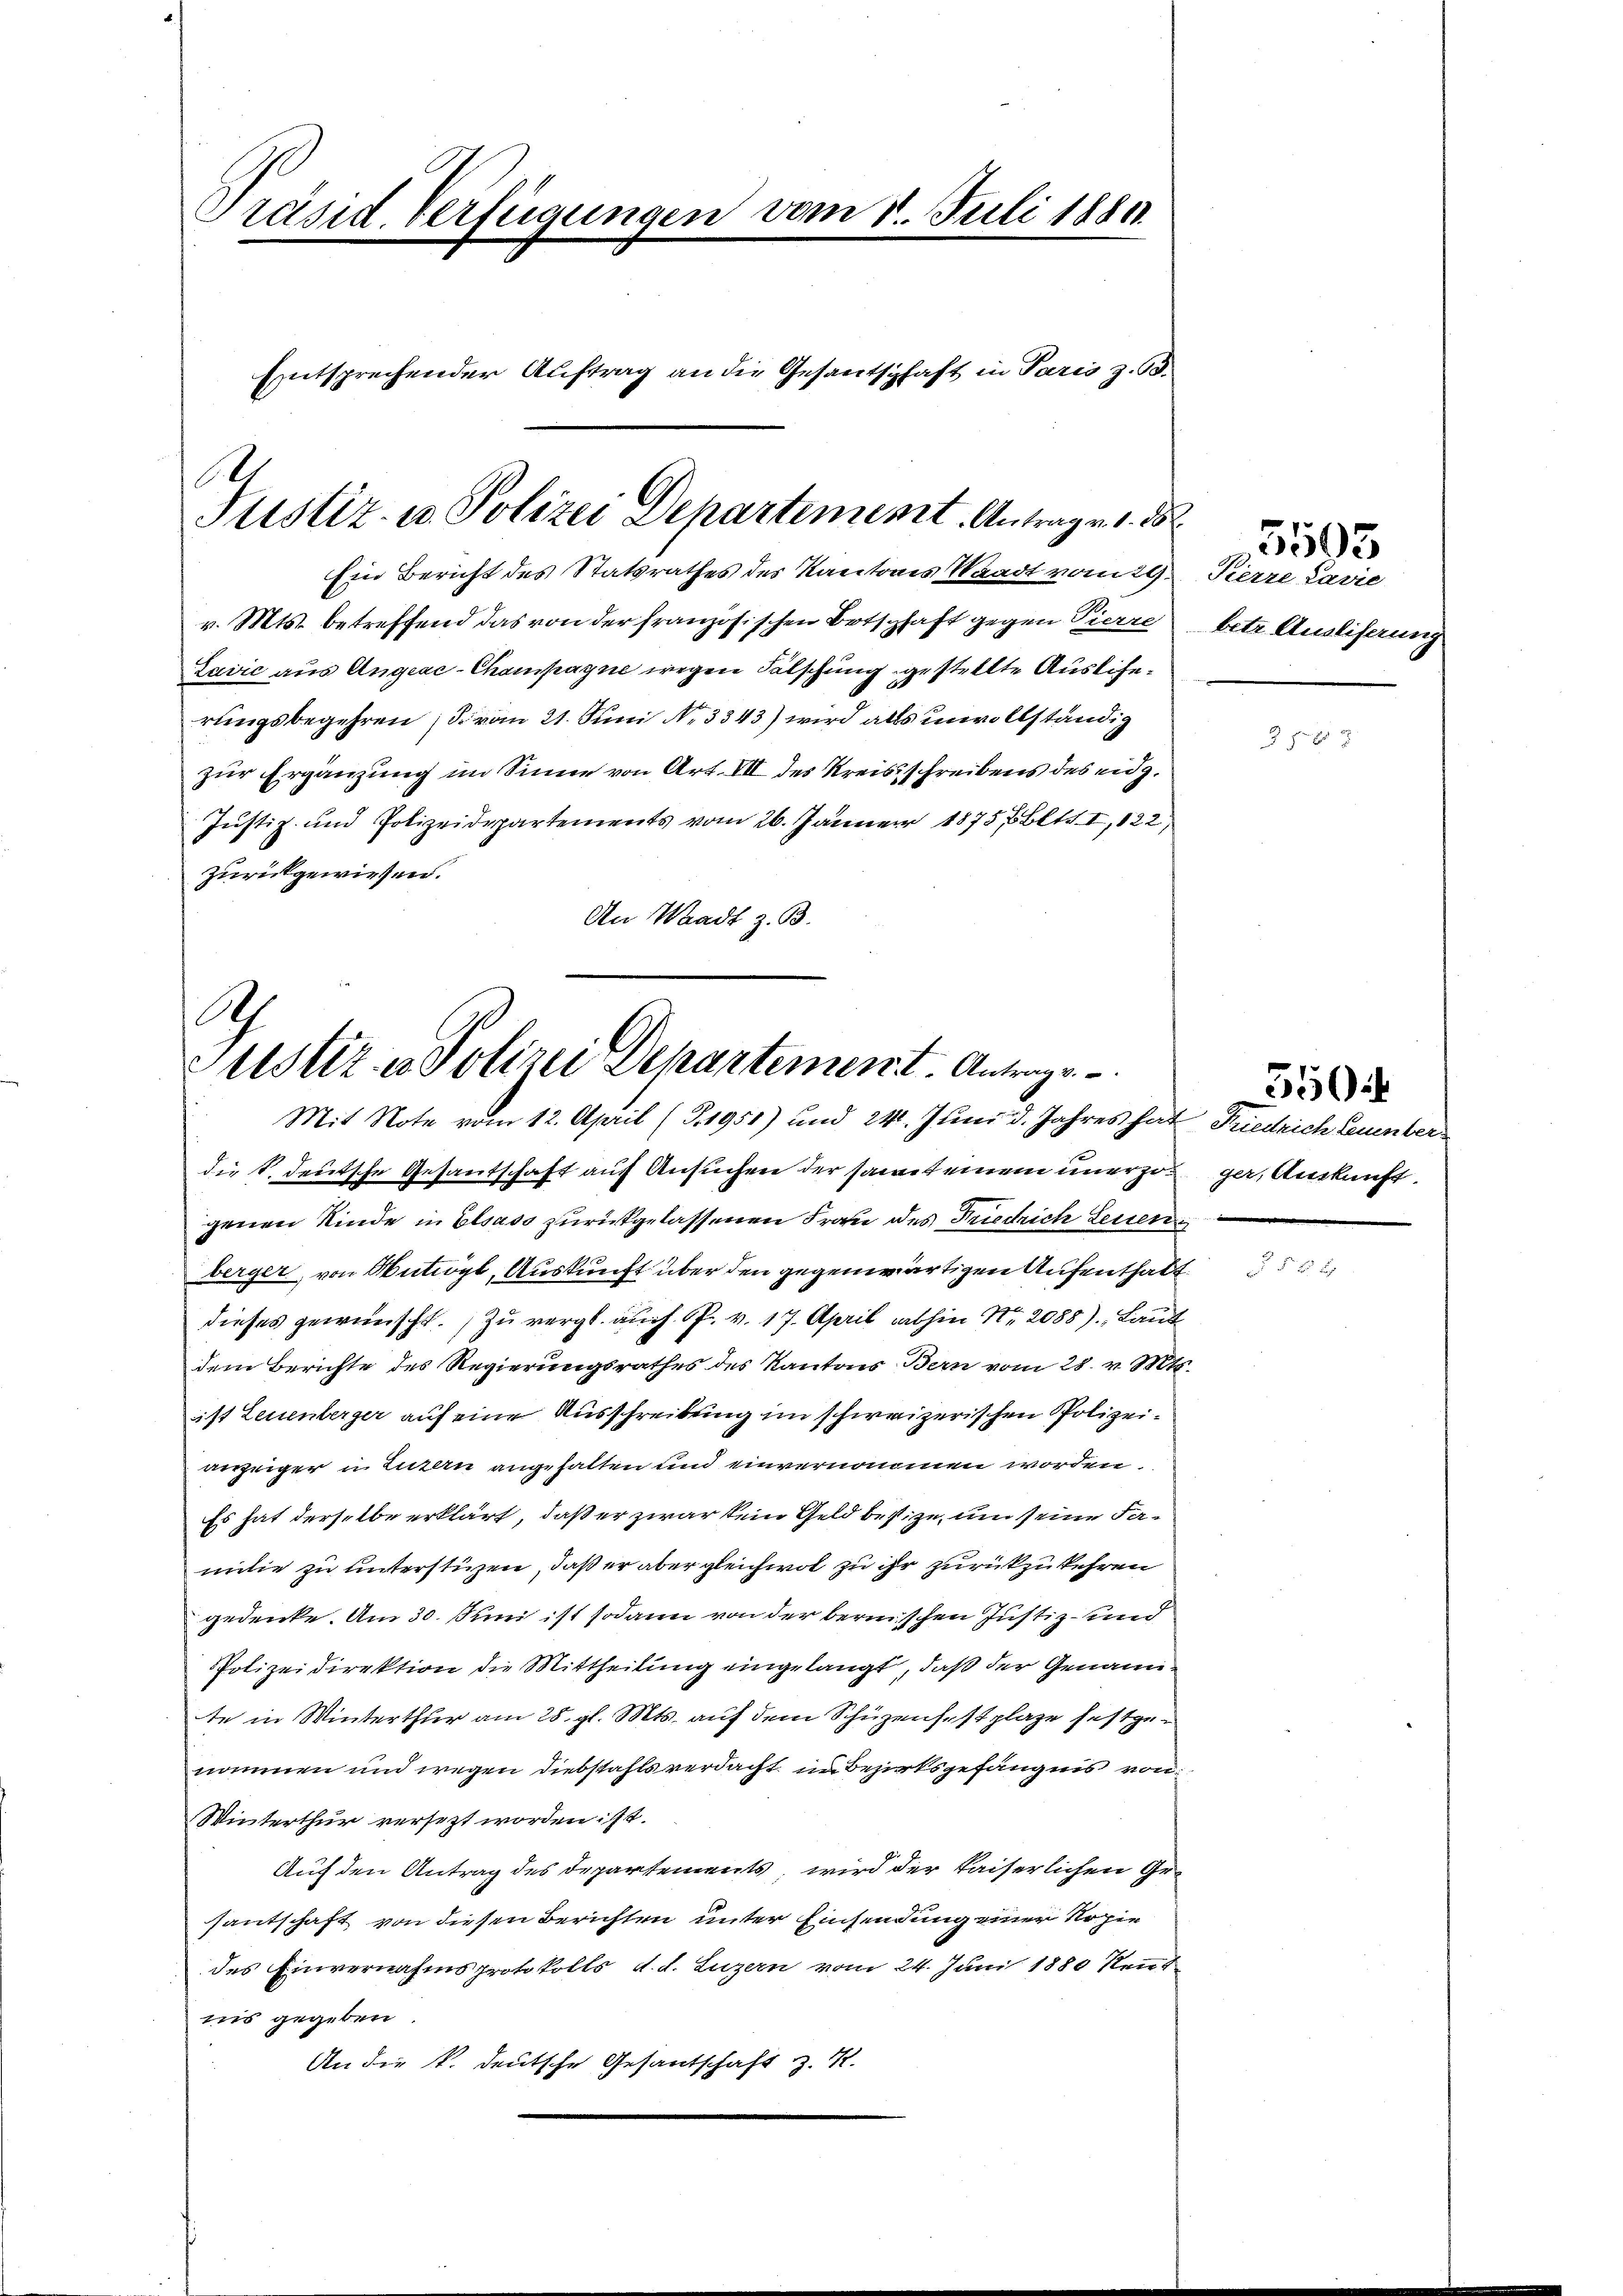
Präsid. Verfügungen vom 1. Juli 1880.
Entsprechender Auftrag an die Gesantschaft in Paris z. B.

Ah
Justiz- u. Polizei Departement. Antrag v. d. d

Ein Bericht des Statsrathes des Kantons Waadt vom 29.
v. Mts. betreffend das von der französischen Botschaft gegen Pierre
Zavić aus Angeac-Champagne wegen Fälschung gestellte Auslierungsbegehren , von 21. Juni No 3343) wird alls unvollständig
zur Ergänzung im Sinne von Art. VII des Kreisschreibens des eidg.
Justiz- und Polizeidepartements vom 26. Jänner 1875 Blt. I, 122)
zurückgewiesen.
An Waadt z. B.

A
Zustiz in Polizei Departement. Antrage
Mit Note vom 12. April (T.1951) und 24. Juni d. Jahres hat Friedrich Leuenber

die S. deutsche Gesandschaft auf Ansuchen der samt einem unerzöger, Auskunft
genen Kinde in Elsass zurückgelassenen Frau des Friedrich Leuern
berger, von Antrögl, Auskunft über den gegenwärtigen Aufenthalt
dieses gewünscht. Zu vergl. auch P. v. 17. April abhin Nr. 2088), Laut
dem Berichte des Regierungsrathes des Kantons Bern vom 28. v. Mts.
ist Leuenberger auf eine Ausschreibung im schweizerischen Polizeianzeiger in Luzern angehalten und einvernommen worden.
Es hat derselbe erklärt, daß er zwar kein Geld besize, um seine Familie zu unterstüzen, daß er aber gleichwol zu ihr zurückzukehren
gedenke. Am 30. Juni ist sodann von der berischen Justiz- und
Polizeidirektion die Mittheilung eingelangt, daß der Genannte in Winterthur am 28. gl. Mts. auf dem Schüzensstplage festgenommen und wegen Diebstahls verdacht in Bezirksgefängnis von
Winterthur versezt worden ist.
Auf den Antrag des Departements, wird der kaiserlichen Gesantschaft von diesen Berichten unter Einsendung einer Kopie
des Einvernahmsprotokolls d. d. Luzern vom 24. Juni 1880 Rentnis gegeben.
An die k. deutsche Gesantschaft z. 1

Pierre Lasie
betr. Ausliserung

d

5505

5 p.

350